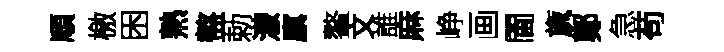
順檄困熟盩勅濛廪鳌文誰麻峥画閫旒鄭急苟